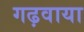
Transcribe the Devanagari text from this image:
गढ़वाया